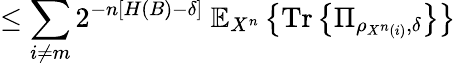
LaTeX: \leq\sum_{i\neq m}2^{-n\left[H\left(B\right)-\delta\right]}\ \mathbb{E}_{X^{n}}\left\{ {\mathrm{Tr}}\left\{ \Pi_{\rho_{X^{n}\left(i\right)},\delta}\right\} \right\}